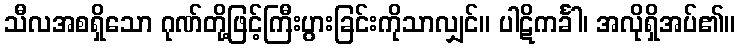
သီလအစရှိသော ဂုဏ်တို့ဖြင့်ကြီးပွားခြင်းကိုသာလျှင်။ ပါဋိကင်္ခါ၊ အလိုရှိအပ်၏။